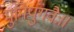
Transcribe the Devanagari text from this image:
मुनिपुंगवैः॥